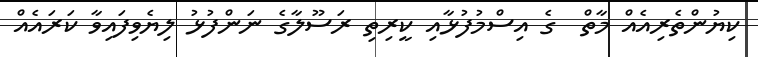
ކިޔުންތެރިއެއް މާތް  ގެ އިސްމުފުޅާއި ކީރިތި ރަސޫލާގެ ނަންފުޅު ލިޔެވިފައިވާ ކަރައެއް